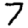
Digit: 7